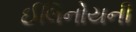
ઈલિનોયની